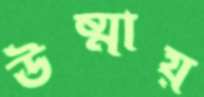
উষ্মায়